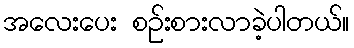
အလေးပေး စဉ်းစားလာခဲ့ပါတယ်။